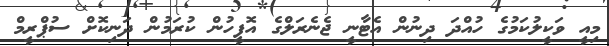
މިއީ ވަކީލުކަމުގެ ހުއްދަ ދިނުން އެޓާނީ ޖެނެރަލްގެ އޮފީހުން ކުރަމުން ދަނިކޮށް ސުޕްރީމް